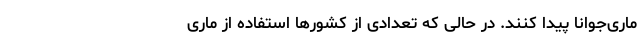
ماری‌جوانا پیدا کنند. در حالی که تعدادی از کشورها استفاده از ماری